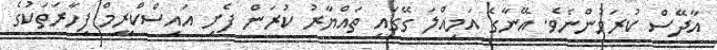
އާދޭސް ކުރަމުންނެވެ. އޭނާގެ އަމިއްލަ ގޭގައި ތައްޔާރު ކުރަން ފެށި އައިސްކްރީމް ފިހާރަތަކުގެ